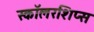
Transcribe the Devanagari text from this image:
स्कॉलरशिप्स